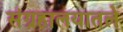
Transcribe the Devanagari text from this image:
संग्रहालयातले